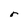
Character: r